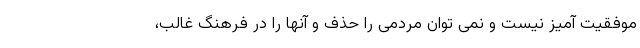
موفقیت آمیز نیست و نمی توان مردمی را حذف و آنها را در فرهنگ غالب،